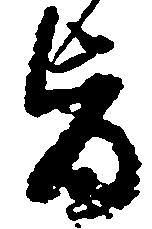
旨